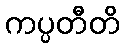
ကပ္ပတီတိ